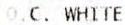
O.C. WHITE